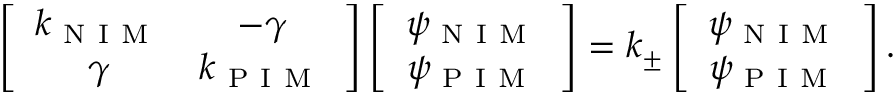
\left[ \begin{array} { c c } { k _ { \mathrm { ~ N ~ I ~ M ~ } } } & { - \gamma } \\ { \gamma } & { k _ { \mathrm { ~ P ~ I ~ M ~ } } } \end{array} \right] \left[ \begin{array} { c c } { \psi _ { \mathrm { ~ N ~ I ~ M ~ } } } \\ { \psi _ { \mathrm { ~ P ~ I ~ M ~ } } } \end{array} \right] = k _ { \pm } \left[ \begin{array} { c c } { \psi _ { \mathrm { ~ N ~ I ~ M ~ } } } \\ { \psi _ { \mathrm { ~ P ~ I ~ M ~ } } } \end{array} \right] .